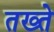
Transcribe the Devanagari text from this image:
तख्‍ते